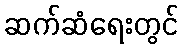
ဆက်ဆံရေးတွင်